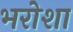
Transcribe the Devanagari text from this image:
भरोशा